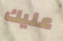
عليك